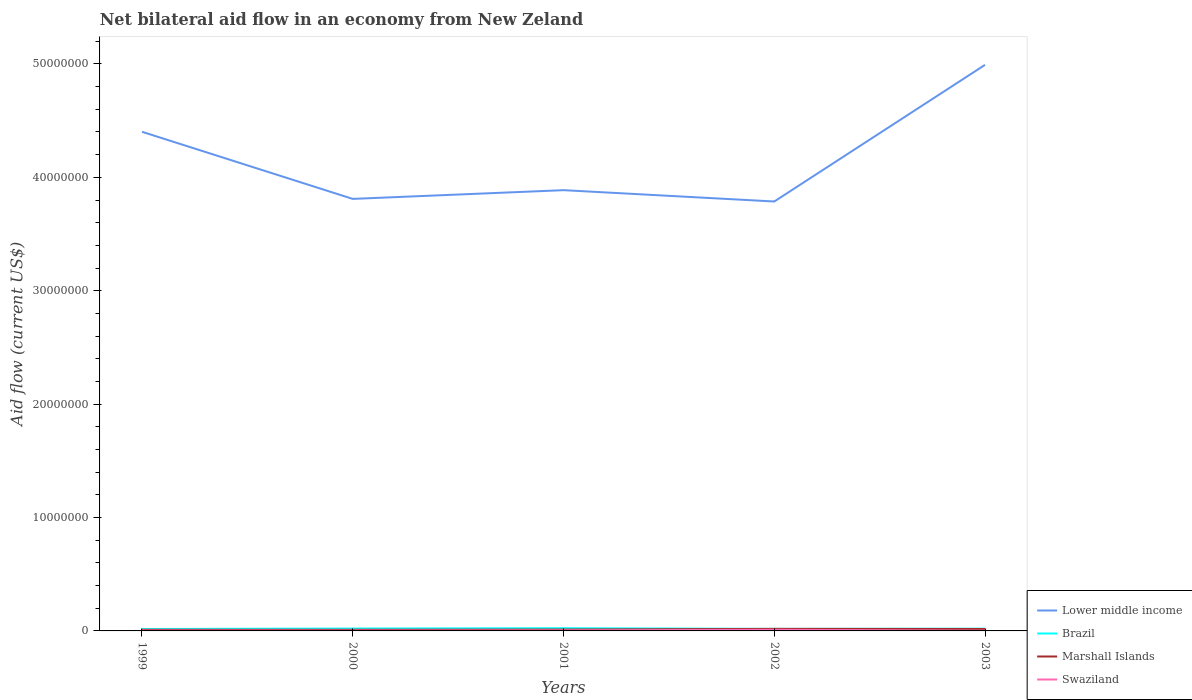
| Years | Lower middle income | Brazil | Marshall Islands | Swaziland |
 | --- | --- | --- | --- | --- |
 | 1999 | 4.4e+07 | 1.7e+05 | 1e+05 | 3e+04 |
 | 2000 | 3.81e+07 | 2.1e+05 | 1e+05 | 3e+04 |
 | 2001 | 3.89e+07 | 2.4e+05 | 1.2e+05 | 5e+04 |
 | 2002 | 3.79e+07 | 1.8e+05 | 1.8e+05 | 1e+05 |
 | 2003 | 4.99e+07 | 2e+05 | 1.7e+05 | 2e+04 |